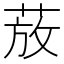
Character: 𫈚